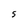
Character: S